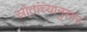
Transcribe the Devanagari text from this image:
स्रोतांच्‍यानुसार